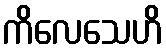
ကိလေသေဟိ